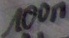
Text: 100n